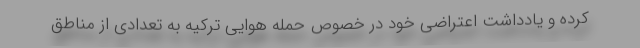
کرده و یادداشت اعتراضی خود در خصوص حمله هوایی ترکیه به تعدادی از مناطق